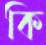
কি